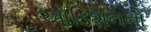
ઓડિશનનો